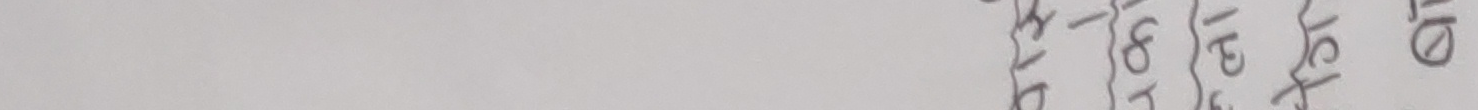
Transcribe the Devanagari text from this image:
७
१४
२१
२८
३५
४२